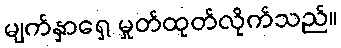
မျက်နှာရှေ့ မှုတ်ထုတ်လိုက်သည်။